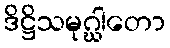
ဒိဋ္ဌိသမုဂ္ဃါတော